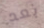
بعد